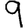
Digit: 9